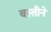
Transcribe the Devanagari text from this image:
बस्तीने